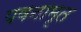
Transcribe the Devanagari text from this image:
पवनामृत